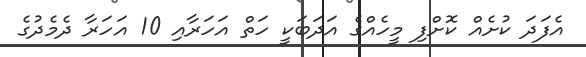
އެފަދަ ކުށެއް ކޮށްފި މީހެއްގެ އަދަބަކީ ހަތް އަހަރާއި 10 އަހަރާ ދެމެދުގެ